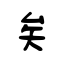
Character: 矣